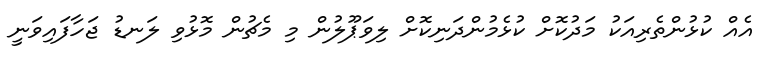
އެއް ކުޅުންތެރިއަކު މަދުކޮށް ކުޅެމުންދަނިކޮށް ލިވަޕޫލުން މި މެޗުން މޮޅުވި ލަނޑު ޖަހާފައިވަނީ